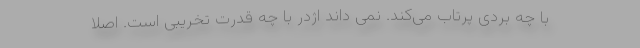
با چه بردی پرتاب می‌کند. نمی داند اژدر با چه قدرت تخریبی است. اصلاً